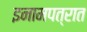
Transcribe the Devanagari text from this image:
इनामपत्रात